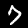
Label: 7